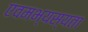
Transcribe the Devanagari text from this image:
एवमभ्यस्यता